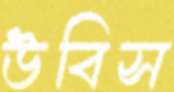
উবিস